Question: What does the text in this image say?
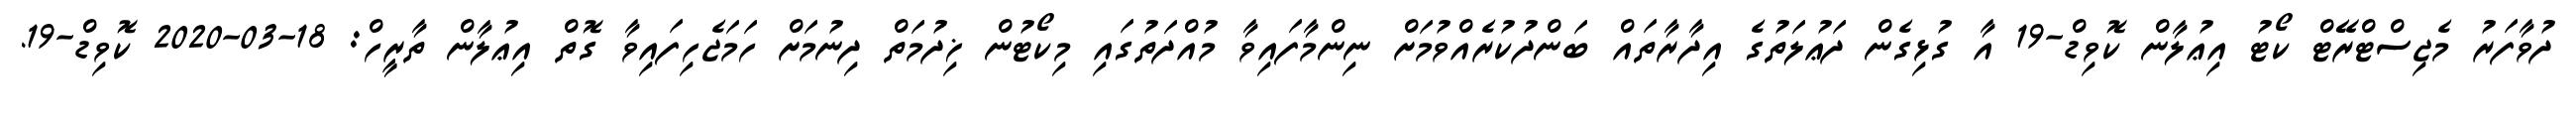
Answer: ދުވާފަރު މެޖިސްޓްރޭޓް ކޯޓު އިޢުލާން ކޮވިޑް-19 އާ ގުޅިގެން ދަޢުލަތުގެ އިދާރާތައް ބަންދުކުރެއްވުމަށް ނިންމާފައިވާ މުއްދަތުގައި މިކޯޓުން ޚިދުމަތް ދިނުމަށް ހަމަޖެހިފައިވާ ގޮތް އިޢުލާން ތާރީހް: 18-03-2020 ކޮވިޑް-19.